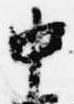
中